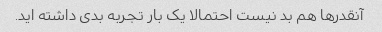
آنقدرها هم بد نیست احتمالا یک بار تجربه بدی داشته اید.